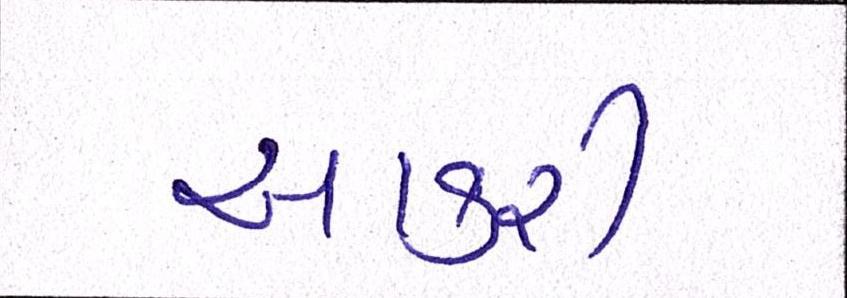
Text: આકરી